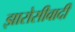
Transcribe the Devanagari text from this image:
झारोसीवादी